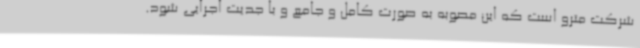
شرکت مترو است که این مصوبه به صورت کامل و جامع و با جدیت اجرایی شود.